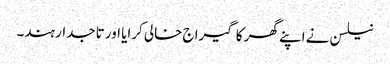
نیلسن نے اپنے گھر کا گیراج خالی کرایا اور تاجدار ہند۔